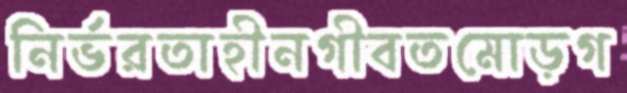
নির্ভরতাহীনগীবতমোড়গ